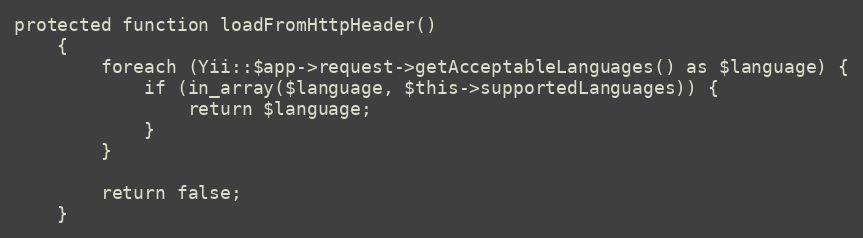
Language: PHP
protected function loadFromHttpHeader()
    {
        foreach (Yii::$app->request->getAcceptableLanguages() as $language) {
            if (in_array($language, $this->supportedLanguages)) {
                return $language;
            }
        }

        return false;
    }